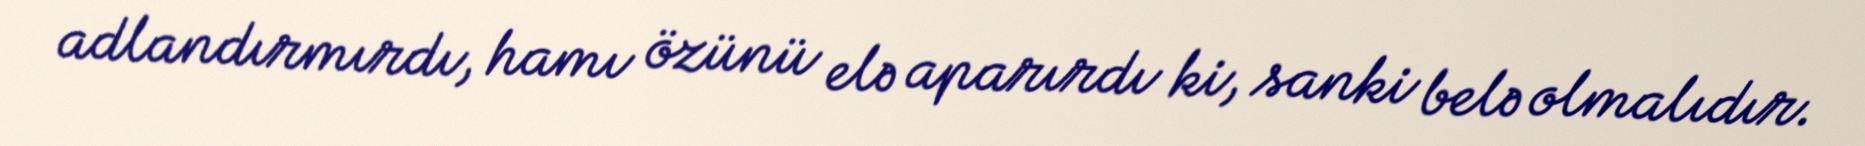
adlandırmırdı, hamı özünü elə aparırdı ki, sanki belə olmalıdır.